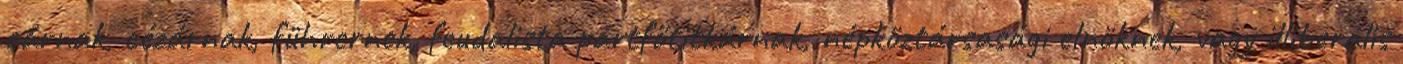
cárnak, cézárnak, führernek, feudalista pártfőtitkárnak, népköztársasági elnöknek, vagy illiberális